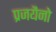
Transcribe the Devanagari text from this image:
प्रजयैनो